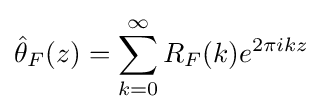
{\hat {\theta }}_{F}(z)=\sum _{k=0}^{\infty }R_{F}(k)e^{2\pi ikz}